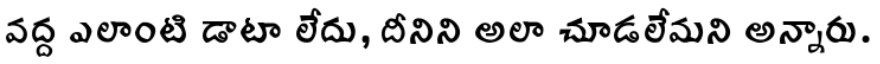
వద్ద ఎలాంటి డాటా లేదు, దీనిని అలా చూడలేమని అన్నారు.